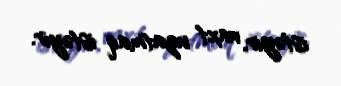
istəyir, vaxt uzatmaq istəyir.